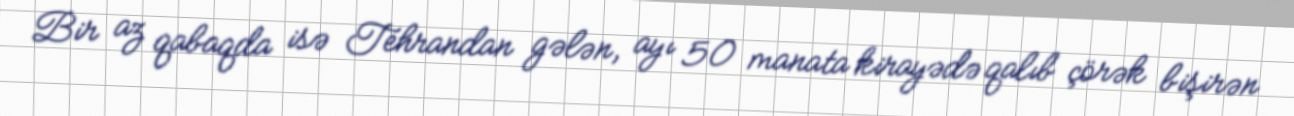
Bir az qabaqda isə Tehrandan gələn, ayı 50 manata kirayədə qalıb çörək bişirən